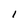
Character: l